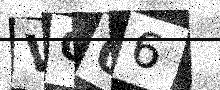
Text: VO06